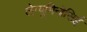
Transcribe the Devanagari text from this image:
लेग्यूमिनोसिई